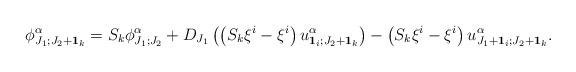
LaTeX: \begin{align*}\phi^{\alpha}_{J_1;J_2+\bold{1}_k}=S_k\phi^{\alpha}_{J_1;J_2}+D_{J_1}\left(\left(S_k\xi^i-\xi^i\right)u^{\alpha}_{\bold{1}_i;J_2+\bold{1}_k}\right)-\left(S_k\xi^i-\xi^i\right)u^{\alpha}_{J_1+\bold{1}_i;J_2+\bold{1}_k}.\end{align*}